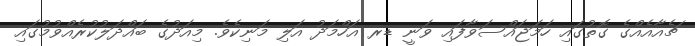
ޗެއާއެއްގެ ގޮތުގައި ހަމަޖައްސަވާފައި ވަނީ ޑރ އަހްމަދު އަލި މަނިކެވެ. މިއަދުގެ ބައްދަލުކުރެއްވުމުގައި